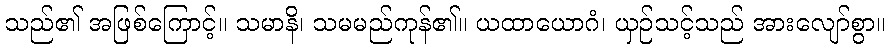
သည်၏ အဖြစ်ကြောင့်။ သမာနိ၊ သမမည်ကုန်၏။ ယထာယောဂံ၊ ယှဉ်သင့်သည် အားလျော်စွာ။